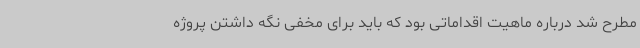
مطرح شد درباره ماهیت اقداماتی بود که باید برای مخفی نگه داشتن پروژه